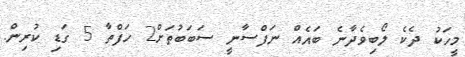
މީހަކު ދެކެ ލޯބިވެދާނެ ބައެއް ނަފްސާނީ ސަބަބުތަށް2 ހަފްތާ 5 ގަޑި ކުރިން.